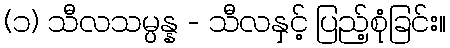
(၁) သီလသမ္ပန္န - သီလနှင့် ပြည့်စုံခြင်း။